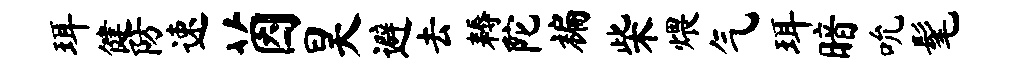
珥健防速茵昊避去耨陀褊柴煨气珥暗吮髦